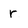
Character: r